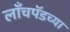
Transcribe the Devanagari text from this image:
लाँचपॅडच्या